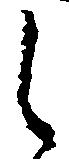
之